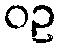
ဝဥ